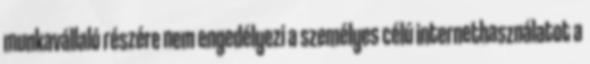
munkavállaló részére nem engedélyezi a személyes célú internethasználatot a